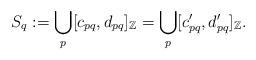
LaTeX: \begin{align*}S_q:= \bigcup_p[c_{pq},d_{pq}]_\mathbb{Z} = \bigcup_p[c'_{pq},d'_{pq}]_\mathbb{Z}.\end{align*}